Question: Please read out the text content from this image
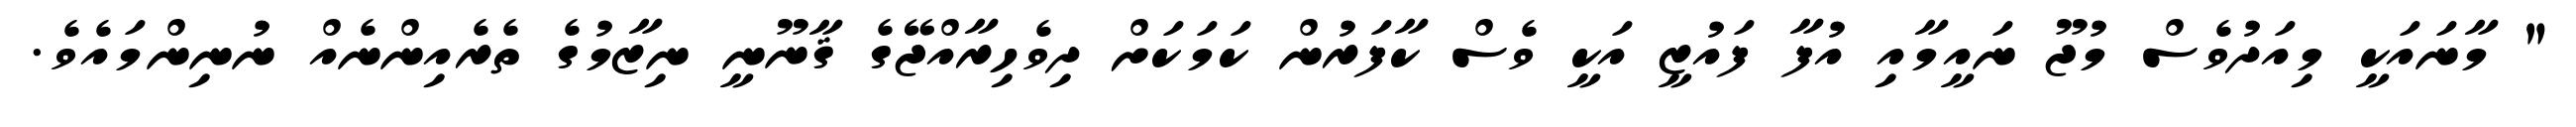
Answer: " މާނައަކީ މިއަދުވެސް މުޖޫ ނައީމާއި އުފާ ފައުޒީ އަކީ ވެސް ކާފަރުން ކަމަކަށް ދިވެހިރާއްޖޭގެ ޤާނޫނީ ނިޒާމުގެ ތެރެއިންނެއް ނުނިންމައެވެ.